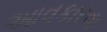
આવકારવા